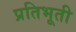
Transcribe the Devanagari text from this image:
प्रतिभूती